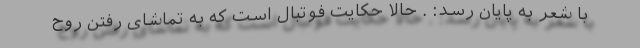
با شعر به پایان رسد: . حالا حکایت فوتبال است که به تماشای رفتن روح